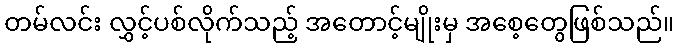
တမ်လင်း လွှင့်ပစ်လိုက်သည့် အတောင့်မျိုးမှ အစေ့တွေဖြစ်သည်။